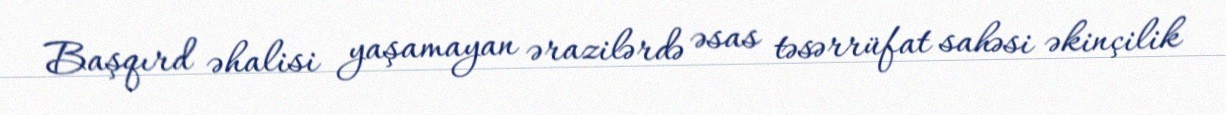
Başqırd əhalisi yaşamayan ərazilərdə əsas təsərrüfat sahəsi əkinçilik